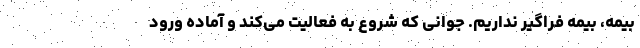
بیمه، بیمه فراگیر نداریم. جوانی که شروع به فعالیت می‌کند و آماده ورود